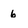
Character: 6